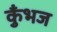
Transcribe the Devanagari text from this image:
कुँभज